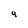
Character: q